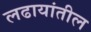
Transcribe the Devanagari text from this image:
लढायांतील